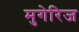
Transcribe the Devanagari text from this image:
मुगेरिज